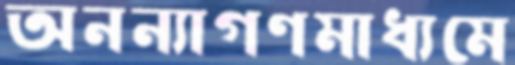
অনন্যাগণমাধ্যমে